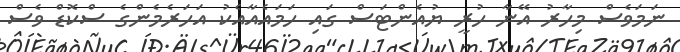
ނަމަވެސް މިހާރު އޭނާ ހުރީ ޔުއެންޓަސް ގައި ހަމައެއާއެކު އަހަރެމެންގެ ސްކޮޑް ވެސް